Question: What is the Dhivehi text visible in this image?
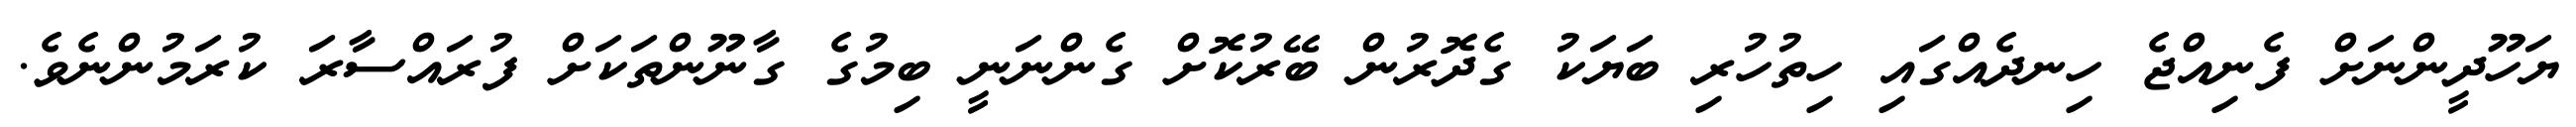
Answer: ޔަހޫދީންނަށް ފެނިއްޖެ ހިނދެއްގައި ހިތުހުރި ބަޔަކު ގެދޮރުން ބޭރުކޮށް ގެންނަނީ ބިމުގެ ގާނޫންތަކަށް ފުރައްސާރަ ކުރަމުންނެވެ.